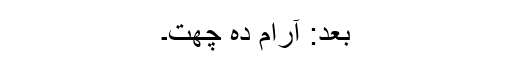
بعد: آرام دہ چھت۔